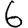
Digit: 6